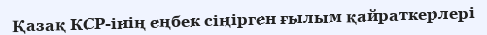
Қазақ КСР-інің еңбек сіңірген ғылым қайраткерлері